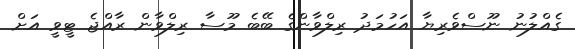
ގެއްލުނު ނޫސްވެރިޔާ އަހުމަދު ރިލްވާންގެ ބޭބެ މޫސާ ރިލްވާން ރާއްޖެ ޓީވީ އަށް